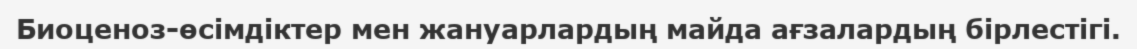
Биоценоз-өсімдіктер мен жануарлардың майда ағзалардың бірлестігі.